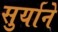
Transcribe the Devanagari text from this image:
सुर्याने